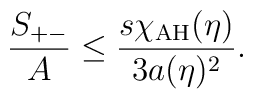
{S_{+-}\over A} \leq {s \chi_{\rm AH}(\eta)\over 3 a(\eta)^2}.